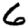
Digit: 6